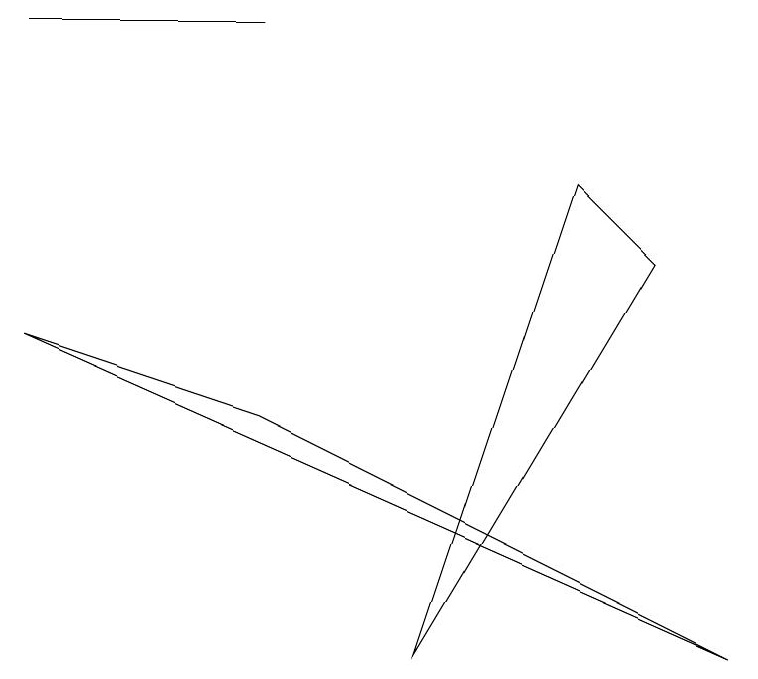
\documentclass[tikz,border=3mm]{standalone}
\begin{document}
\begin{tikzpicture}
\draw (5,2) -- (8,7) -- (7,8) -- cycle;
\draw (0,10) rectangle (3,10);
\draw (9,2) -- (3,5) -- (0,6) -- cycle;
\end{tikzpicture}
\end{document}